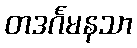
တဒင်္ဂမနသာ